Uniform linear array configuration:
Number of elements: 48
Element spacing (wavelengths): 1
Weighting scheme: exponential
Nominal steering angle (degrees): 45
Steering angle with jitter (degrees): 46.985
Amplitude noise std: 0.05
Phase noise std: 0.05

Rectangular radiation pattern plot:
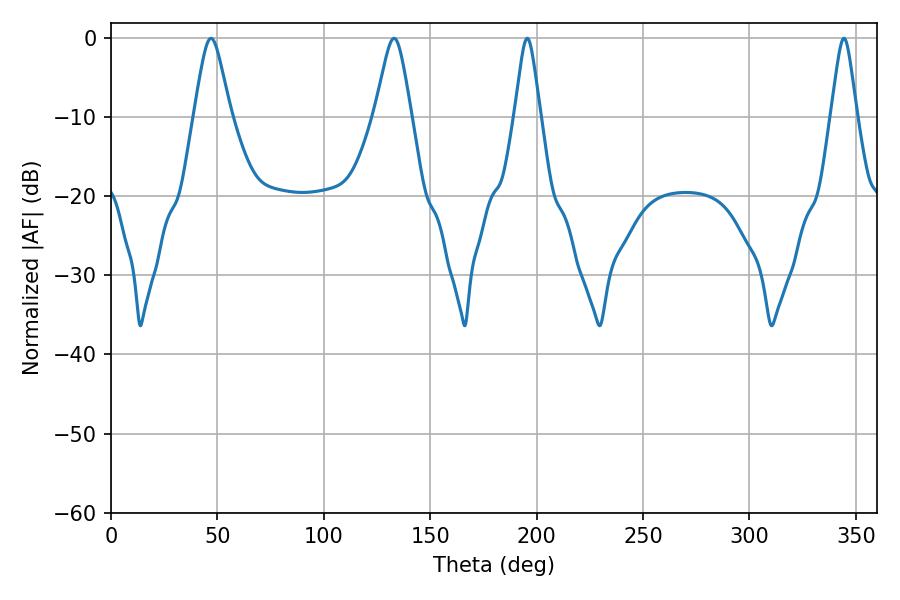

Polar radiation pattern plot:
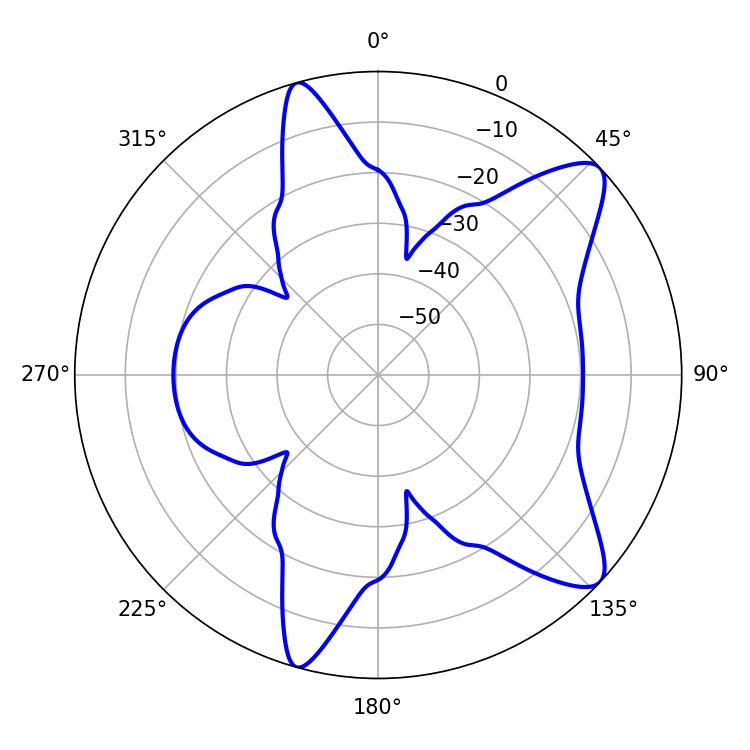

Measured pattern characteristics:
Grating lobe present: TRUE
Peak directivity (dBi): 10.105
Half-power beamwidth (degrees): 8.28
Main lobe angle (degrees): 46.98